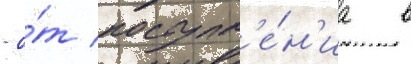
- о́т поступл'е́н'иа в